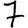
Digit: 7